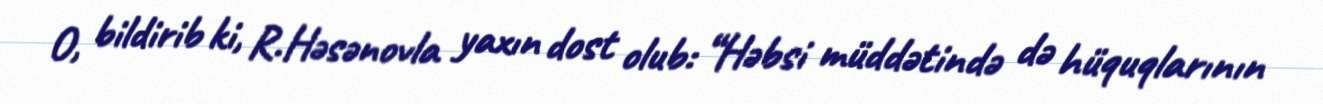
O, bildirib ki, R.Həsənovla yaxın dost olub: “Həbsi müddətində də hüquqlarının